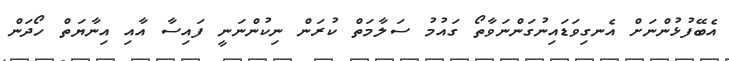
އެބޭފުޅުންނަށް އެނގިވަޑައިނުގަންނަވާތޯ ގައުމު ސަލާމަތް ކުރަން ނިކުންނަނީ ފައިސާ އާއި އިނާޔަތް ހޯދަން